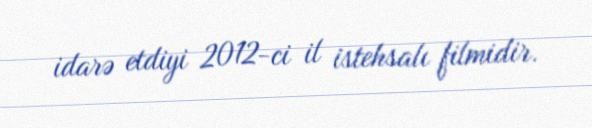
idarə etdiyi 2012-ci il istehsalı filmidir.